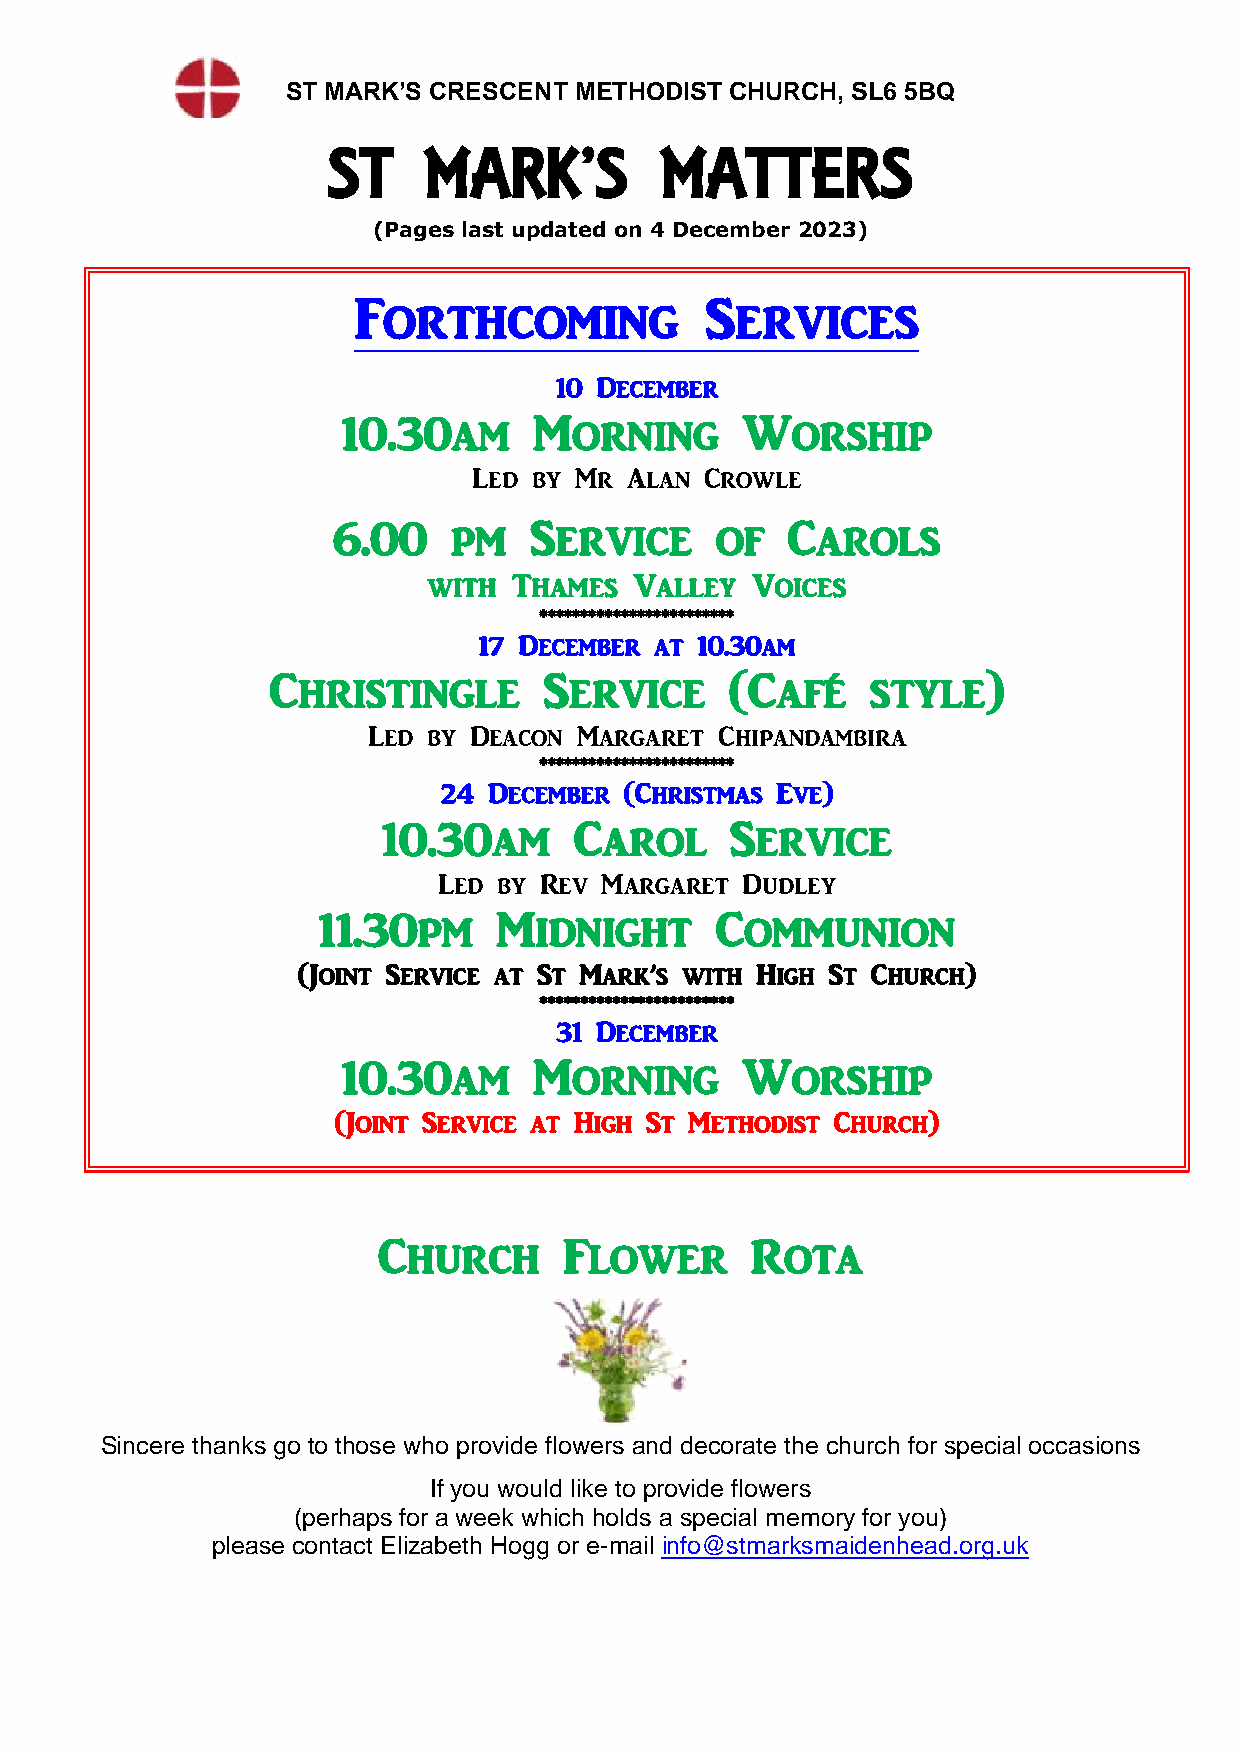
ST MARK’S CRESCENT METHODIST CHURCH, SL6 5BQ
 ST    MARK’S          MATTERS
 (Pages last updated on 4 December 2023)
 Forthcoming             Services
 10 De cember
 10.30am     Morning       Worship
 Led by Mr Alan  Crowle
 6.00    pm   Service     of   Carols
 with  Thames  Valley  Voices
 *********** *************
 17 December at 10.30am
 Christingle       Service     (Café     style)
 Led by Deacon Mar garet Chipandambira
 ************************
 24 December (Christmas Eve)
 10.30am      Carol     Service
 Led by Rev M argaret Dudley
 11.30pm     Midnight      Communion
 (Joint Service at St Mark’s with High St Church)
 *********** *************
 31 December
 10.30am     Mor    ning   Worship
 (Joint Service at High St Methodist Church)
 Church      Flower       Rota
 Sincere thanks go to those who provide flowers and decorate the church for special occasions
 If you would like to provide flowers
 (perhaps for a week which holds a special memory for you)
 please contact Elizabeth Hogg or e-mail info@stmarksmaidenhead.org.uk